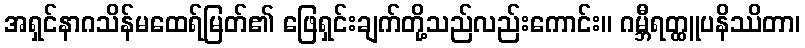
အရှင်နာဂသိန်မထေရ်မြတ်၏ ဖြေရှင်းချက်တို့သည်လည်းကောင်း။ ဂမ္ဘီရတ္ထူပနိဿိတာ၊